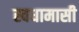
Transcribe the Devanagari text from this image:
स्वधामासी